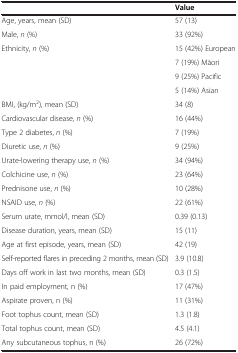
<table><thead><tr><td><b> </b></td><td><b>Value</b></td></tr></thead><tbody><tr><td>Age, years, mean (SD)</td><td>57 (13)</td></tr><tr><td>Male, <i>n</i> (%)</td><td>33 (92%)</td></tr><tr><td rowspan="4">Ethnicity, <i>n</i> (%)</td><td>15 (42%) European</td></tr><tr><td>7 (19%) Māori</td></tr><tr><td>9 (25%) Pacific</td></tr><tr><td>5 (14%) Asian</td></tr><tr><td>BMI, (kg/m<sup>2</sup>), mean (SD)</td><td>34 (8)</td></tr><tr><td>Cardiovascular disease, <i>n</i> (%)</td><td>16 (44%)</td></tr><tr><td>Type 2 diabetes, <i>n</i> (%)</td><td>7 (19%)</td></tr><tr><td>Diuretic use, <i>n</i> (%)</td><td>9 (25%)</td></tr><tr><td>Urate-lowering therapy use, <i>n</i> (%)</td><td>34 (94%)</td></tr><tr><td>Colchicine use, <i>n</i> (%)</td><td>23 (64%)</td></tr><tr><td>Prednisone use, <i>n</i> (%)</td><td>10 (28%)</td></tr><tr><td>NSAID use, <i>n</i> (%)</td><td>22 (61%)</td></tr><tr><td>Serum urate, mmol/l, mean (SD)</td><td>0.39 (0.13)</td></tr><tr><td>Disease duration, years, mean (SD)</td><td>15 (11)</td></tr><tr><td>Age at first episode, years, mean (SD)</td><td>42 (19)</td></tr><tr><td>Self-reported flares in preceding 2 months, mean (SD)</td><td>3.9 (10.8)</td></tr><tr><td>Days off work in last two months, mean (SD)</td><td>0.3 (1.5)</td></tr><tr><td>In paid employment, n (%)</td><td>17 (47%)</td></tr><tr><td>Aspirate proven, n (%)</td><td>11 (31%)</td></tr><tr><td>Foot tophus count, mean (SD)</td><td>1.3 (1.8)</td></tr><tr><td>Total tophus count, mean (SD)</td><td>4.5 (4.1)</td></tr><tr><td>Any subcutaneous tophus, n (%)</td><td>26 (72%)</td></tr></tbody></table>